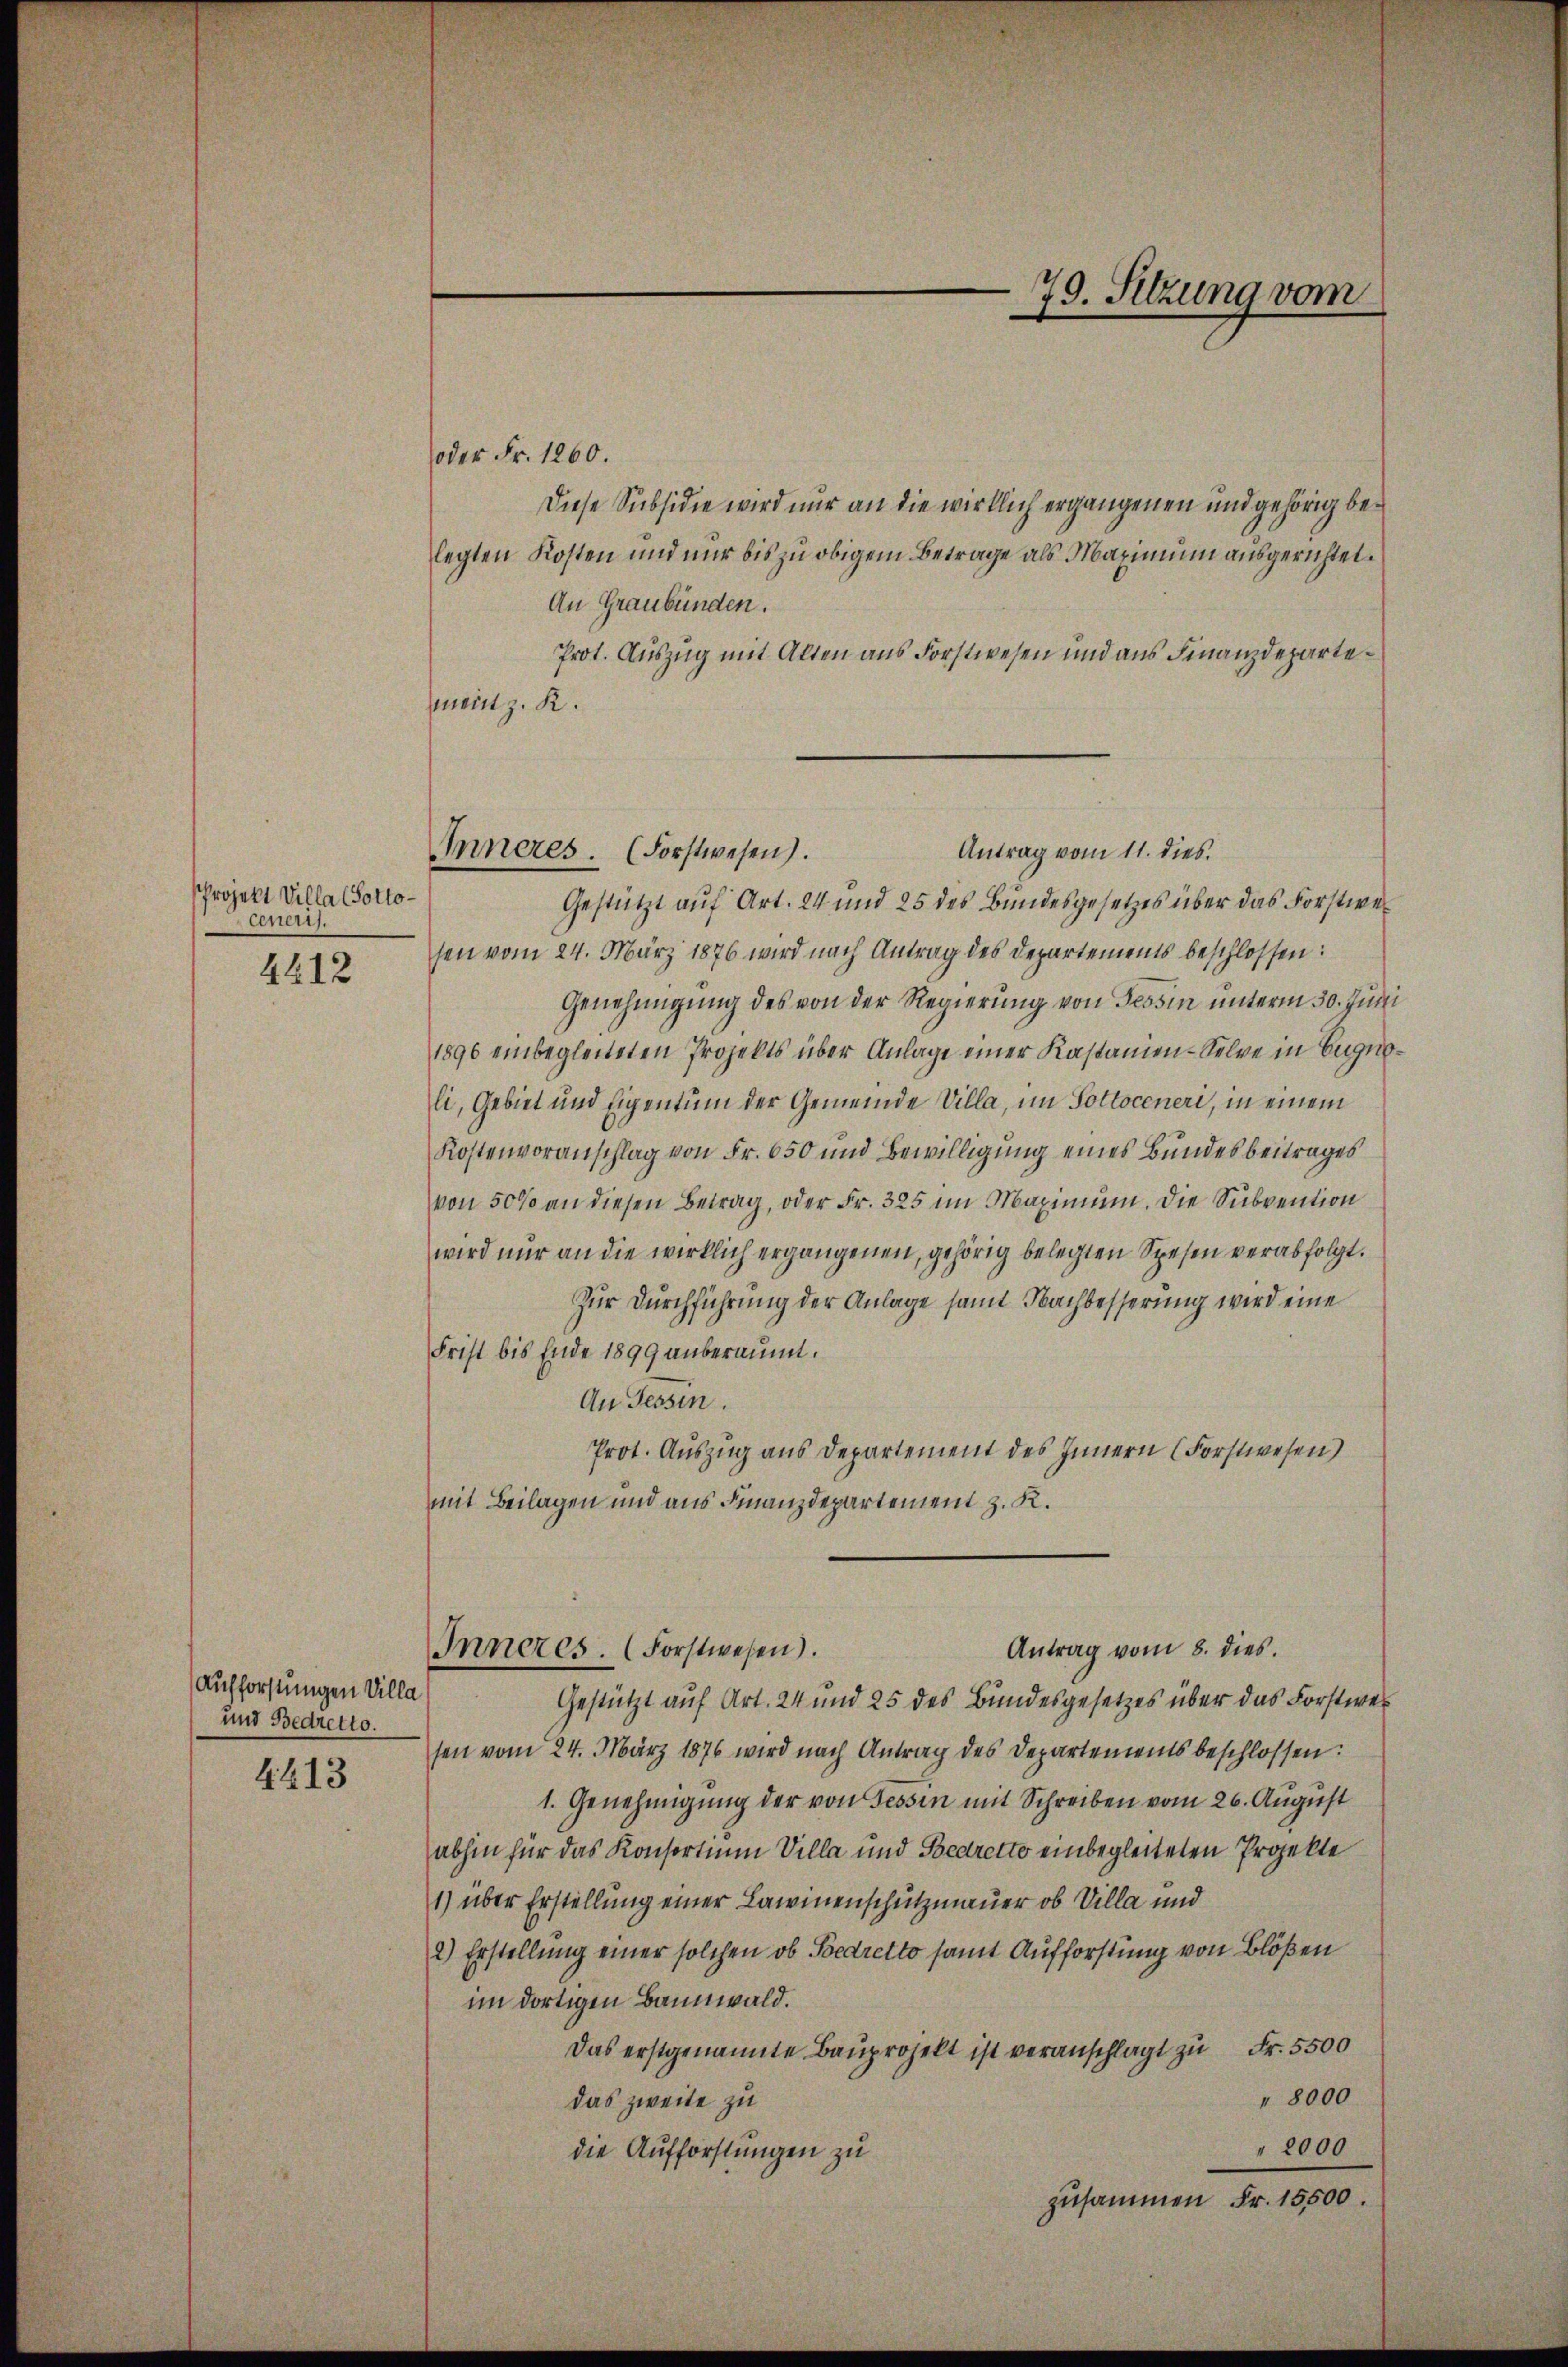
4412

4413

Projekt Villa Cottocener.

Aufforstungen Villa
und Bedretto.

oder Fr. 1260.
Diese Subsidie wird nur an die wirklich ergangenen und gehörig belegten Kosten und nur bis zu obigem Betrage als Maximum ausgerichtet.
An Graubünden.
Prot. Auszug mit Alten aus Forstwesen und aus Finanzdepartemeist z. R.

Antrag vom 11. dies.
Gestützt auf Art. 24 und 25 des Bundesgesetzes über das Forstweisen vom 24. März 1876 wird nach Antrag des Departements beschlossen:
Genehmigung des von der Regierung von Tessin unterm 30. Juni
1896 einbegleiteten Projekts über Anlage einer Kastamen-Selve in Eugnoli, Gebiet und Eigentum der Gemeinde Villa, im Poltoceneri, in einem
Kostenvoranschlag von Fr. 650 und Bewilligung eines Bundesbeitrages
von 50% an diesen Betrag, oder Fr. 325 im Maximum. Die Subvention
wird nur an die wirklich ergangenen, gehörig belegten Spesen verabfolgt.
zur Durchführung der Anlage samt Nachbesserung wird eine
Frist bis Ende 1899 anberaumt.
An Tessin.
Prot. Auszug aus Departement des Innern (Forstwesen)
mit Beilagen und aus Finanzdepartement z. K.
Antrag vom 8. dies
Inneres. (Forstwesen).
Gestützt auf Art. 24 und 25 des Bundesgesetzes über das Forstwei
sen vom 24. März 1876 wird nach Antrag des Departements beschlossen:
1. Genehmigung der von Tessin mit Schreiben vom 26. August
abhin für das Konsortium Villa und Bedretto einbegleiteten Projekte
1) über Erstellung einer Lawinenschutzmauer ob Villa und
2) Erstellung einer solchen ob Bedretto samt Aufforstung von Blößen
im dortigen Bannwald.
Das erstgenannte Bauprojekt ist veranschlagt zu Fr. 5500
" 8000
das zweite zu
 2000
die Aufforstungen zu
zusammen Fr. 15500.

Inneres. (Forstwesen).

79. Sitzung vom